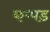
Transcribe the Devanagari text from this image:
कप्पड